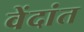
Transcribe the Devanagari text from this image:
वेंदांत